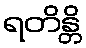
ရတိန္တိ